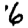
Digit: 6